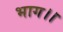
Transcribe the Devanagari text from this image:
भाग।।